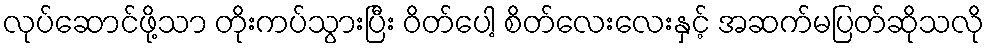
လုပ်ဆောင်ဖို့သာ တိုးကပ်သွားပြီး ဝိတ်ပေါ့ စိတ်လေးလေးနှင့် အဆက်မပြတ်ဆိုသလို